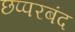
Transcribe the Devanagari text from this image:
छप्परबंद